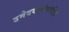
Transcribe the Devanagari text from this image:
उमेदवारांसाठीही